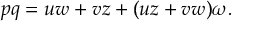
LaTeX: p q = u w + v z + ( u z + v w ) \omega .